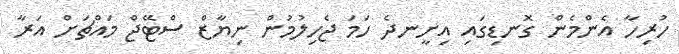
ހުރިހާ އެންމެން ގޮނޑިގައި އިށީނދެ ހަމަ ޖެހިލުމުން ނިޔާޒް ސްޓޭޖް މައްޗަށް އަރާ